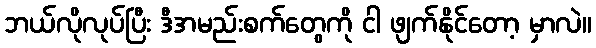
ဘယ်လိုလုပ်ပြီး ဒီအမည်းစက်တွေကို ငါ ဖျက်နိုင်တော့ မှာလဲ။